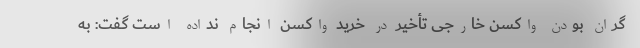
گران بودن واکسن خارجی تأخیر در خرید واکسن انجام نداده است گفت: به